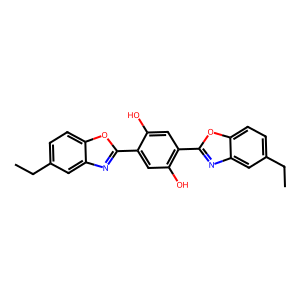
SMILES: CCc1ccc2oc(-c3cc(O)c(-c4nc5cc(CC)ccc5o4)cc3O)nc2c1
Inhibits HIV replication: No